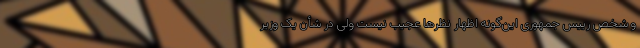
و شخص رییس جمهوری این‌گونه اظهار نظرها عجیب نیست ولی در شأن یک وزیر